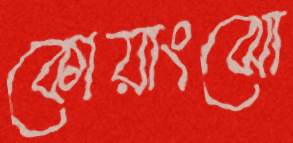
কোয়াংঝো